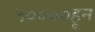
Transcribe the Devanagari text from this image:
५००००हून